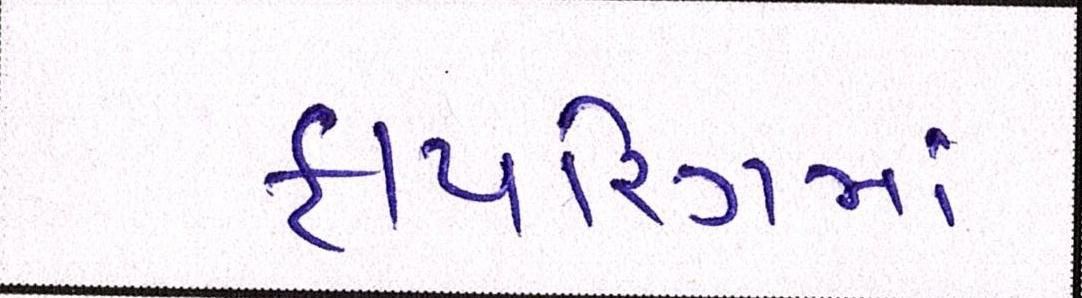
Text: ફાયરિંગમાં